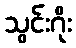
သွင်းဂိုး